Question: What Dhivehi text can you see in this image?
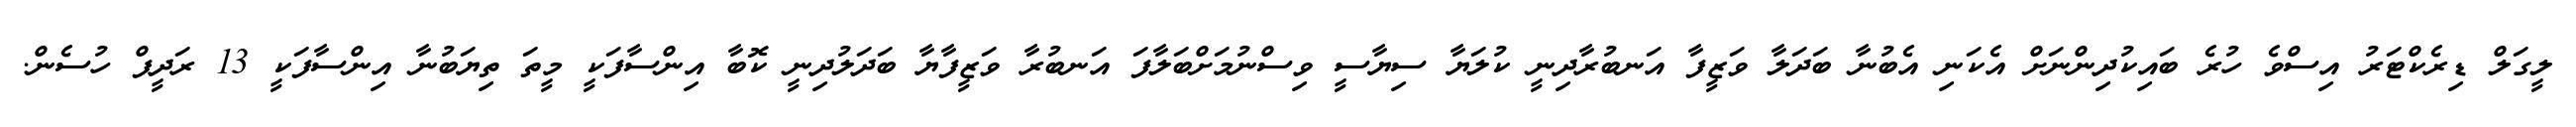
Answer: ލީގަލް ޑިރެކްޓަރު އިސްވެ ހުރެ ބައިކުދިންނަށް އެކަނި އެބުނާ ބަދަލާ ވަޒީފާ އަނބުރާދިނީ ކުލަޔާ ސިޔާސީ ވިސްނުމަށްބަލާފަ އަނބުރާ ވަޒީފާޔާ ބަދަލުދިނީ ކޮބާ އިންސާފަކީ މީތަ ތިޔަބުނާ އިންސާފަކީ 13 ރަދީފް ހުސެން.